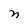
Character: n